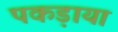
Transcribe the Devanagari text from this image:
पकड़ाया